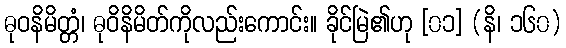
ဓုဝနိမိတ္တံ၊ ဓုဝိနိမိတ်ကိုလည်းကောင်း။ ခိုင်မြဲ၏ဟု [၀၁] (နိ၊ ၁၆၀)